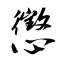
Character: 懲